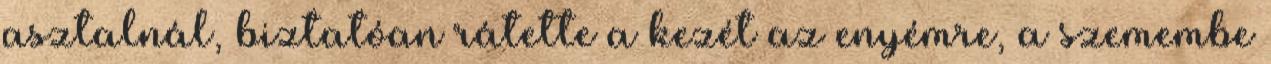
asztalnál, biztatóan rátette a kezét az enyémre, a szemembe